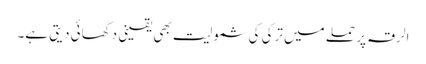
الرقہ پر حملے میں ترکی کی شمولیت بھی یقینی دکھائی دیتی ہے۔